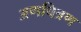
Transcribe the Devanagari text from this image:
अणचित्रण